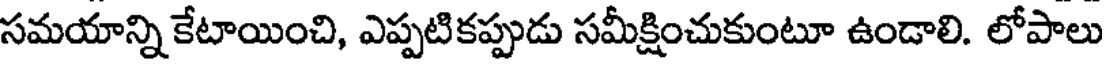
సమయాన్ని కేటాయించి, ఎప్పటికప్పుడు సమీక్షించుకుంటూ ఉండాలి. లోపాలు